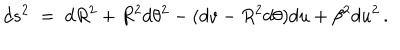
LaTeX: d s ^ { 2 } \; = \; d R ^ { 2 } + R ^ { 2 } d \theta ^ { 2 } - ( d v - R ^ { 2 } d \theta ) d u + \beta ^ { 2 } d u ^ { 2 } \, .